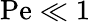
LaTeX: \mathrm{Pe}\ll 1